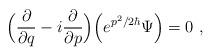
LaTeX: \begin{align*}\Big(\frac{\partial}{\partial q}-i\frac{\partial}{\partial p} \Big)\Big(e^{p^2/2\hbar}\Psi\Big)=0 \ ,\end{align*}